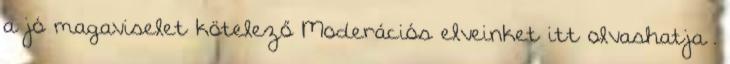
a jó magaviselet kötelező Moderációs elveinket itt olvashatja .